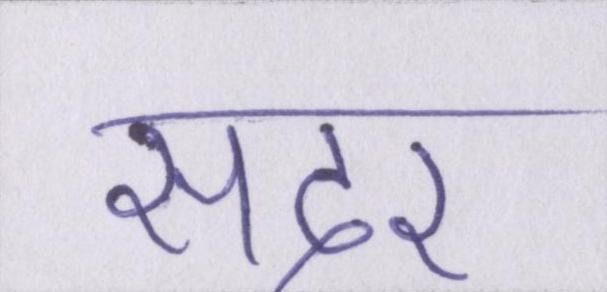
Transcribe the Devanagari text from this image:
सदर